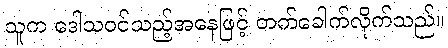
သူက ဒေါသဝင်သည့်အနေဖြင့် တက်ခေါက်လိုက်သည်။